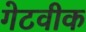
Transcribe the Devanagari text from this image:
गेटवीक